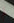
لم